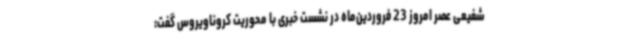
شفیعی عصر امروز 23 فروردین‌ماه در نشست خبری با محوریت کروناویروس گفت: